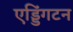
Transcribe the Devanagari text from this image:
एड्डिंगटन